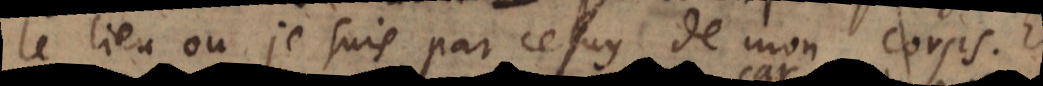
le lieu où je suis par celuy de mon c